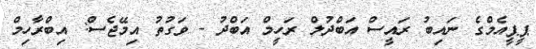
ޕީޕީއެމްގެ ނައިބު ރައީސް އަބްދުލް ރަހީމް އަބްދު - ވަގުތު އިމޭޖެސް: އިބްރާހިމް